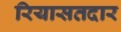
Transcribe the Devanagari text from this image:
रियासतदार